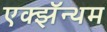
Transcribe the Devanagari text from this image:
एक्झॅन्थम